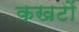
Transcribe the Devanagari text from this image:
कखटों